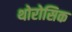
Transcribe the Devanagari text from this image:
थोरोसिक